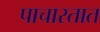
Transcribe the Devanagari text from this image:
पाचारतात